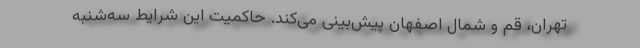
تهران، قم و شمال اصفهان پیش‌بینی می‌کند. حاکمیت این شرایط سه‌شنبه